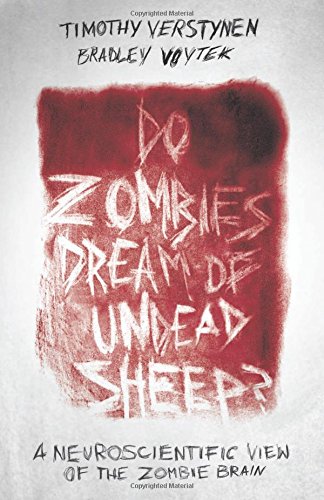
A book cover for Do Zombies Dream of Undead Sheep?: A Neuroscientific View of the Zombie Brain; Timothy Verstynen; Religion & Spirituality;